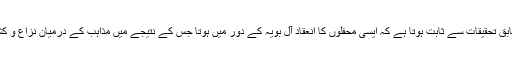
جعفریان کے مطابق تحقیقات سے ثابت ہوتا ہے کہ ایسی محفلوں کا انعقاد آل‌ بویہ کے دور میں ہوتا جس کے نتیجے میں مذاہب کے درمیان نزاع و کشیدگی پائی جاتی۔